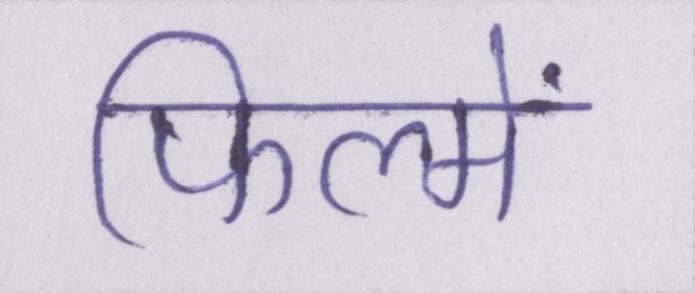
फिल्में